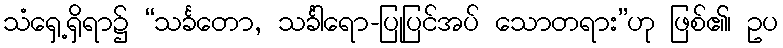
သံရှေ့ရှိရာ၌ “သင်္ခတော, သင်္ခါရော-ပြုပြင်အပ် သောတရား”ဟု ဖြစ်၏၊ ဥပ